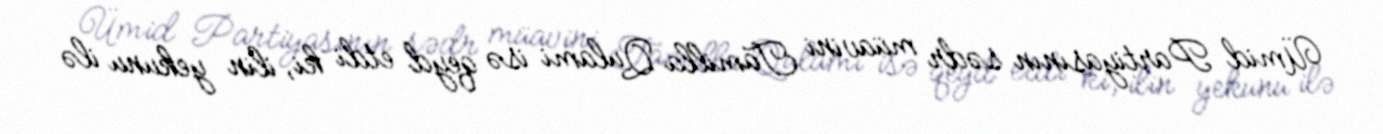
Ümid Partiyasının sədr müavini Tamilla Qulami isə qeyd etdi ki, ilin yekunu ilə